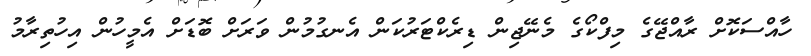
ހާއްސަކޮށް ރާއްޖޭގެ މިފްކޯގެ މެނޭޖިން ޑިރެކްޓަރުކަން އެނގުމުން ވަރަށް ބޮޑަށް އެމީހުން އިހުތިރާމު